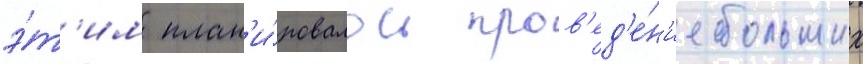
э́т'им план'и́ровалось пров'ед'е́н'ие больших